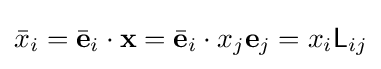
{\bar {x}}_{i}={\bar {\mathbf {e} }}_{i}\cdot \mathbf {x} ={\bar {\mathbf {e} }}_{i}\cdot x_{j}\mathbf {e} _{j}=x_{i}{\mathsf {L}}_{ij}